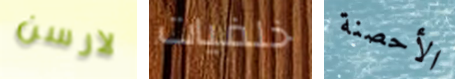
لارسن خلفيات الأحصنة